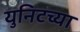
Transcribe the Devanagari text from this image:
युनिटच्या